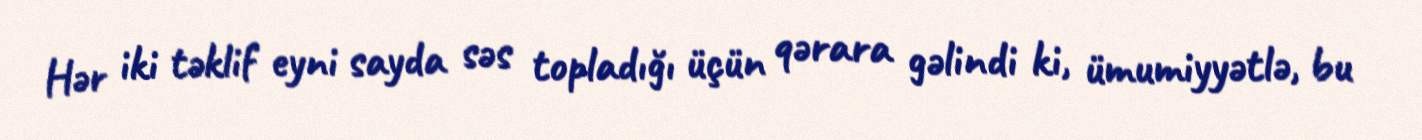
Hər iki təklif eyni sayda səs topladığı üçün qərara gəlindi ki, ümumiyyətlə, bu